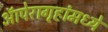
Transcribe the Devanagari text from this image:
ऑपेरागृहांमध्ये